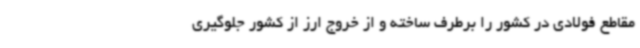
مقاطع فولادی در کشور را برطرف ساخته و از خروج ارز از کشور جلوگیری